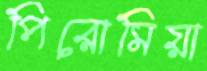
পিরোমিয়া